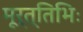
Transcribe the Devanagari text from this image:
मूर्त्तिभिः